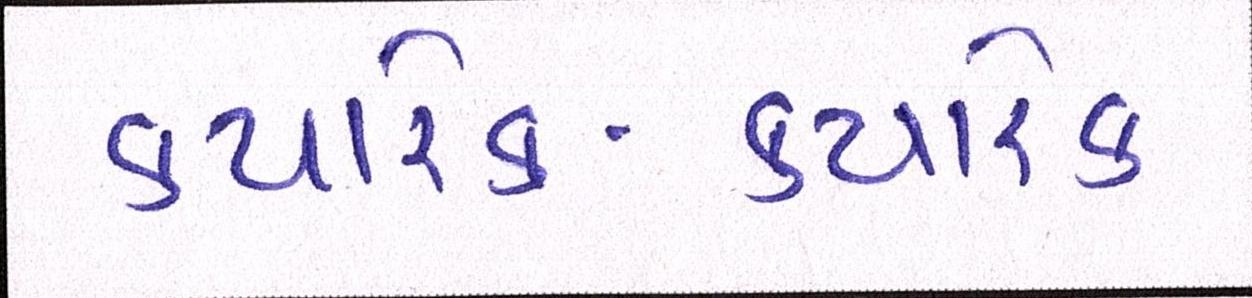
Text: ક્યારેક-ક્યારેક